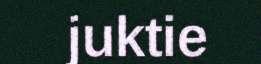
juktie